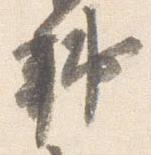
輔